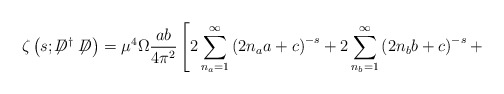
\begin{align*}\zeta\left(s;\not\!\!D^{\dag}\not\!\!D\right)={\mu}^4 \Omega\frac{ab}{4{\pi}^2}\left[ 2\sum_{n_a=1}^{\infty} \left(2n_aa+c\right)^{-s} + 2\sum_{n_b=1}^{\infty} \left(2n_bb+c\right)^{-s}+\right.\end{align*}